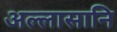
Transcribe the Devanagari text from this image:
अल्लासानि